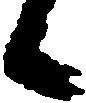
候